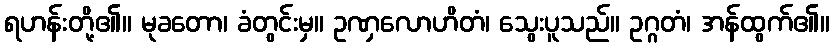
ရဟန်းတို့၏။ မုခတော၊ ခံတွင်းမှ။ ဥဏှလောဟိတံ၊ သွေးပူသည်။ ဥဂ္ဂတံ၊ အန်ထွက်၏။